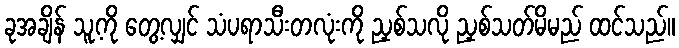
ခုအချိန် သူ့ကို တွေ့လျှင် သံပရာသီးတလုံးကို ညှစ်သလို ညှစ်သတ်မိမည် ထင်သည်။